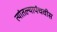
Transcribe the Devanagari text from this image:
त्यांतल्यापंचवीस